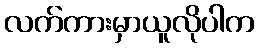
လက်ကားမှာယူလိုပါက